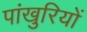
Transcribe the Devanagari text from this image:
पांखुरियों